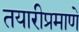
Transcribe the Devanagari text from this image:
तयारीप्रमाणे